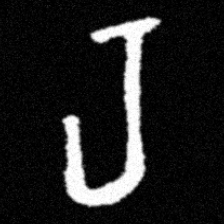
Pyu character \u2014 Myanmar letter: ရ (romanized: ra)